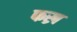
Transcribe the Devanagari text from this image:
फख्र